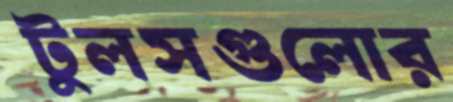
টুলসগুলোর